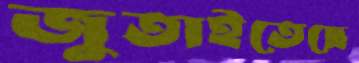
জুতাইতেছে